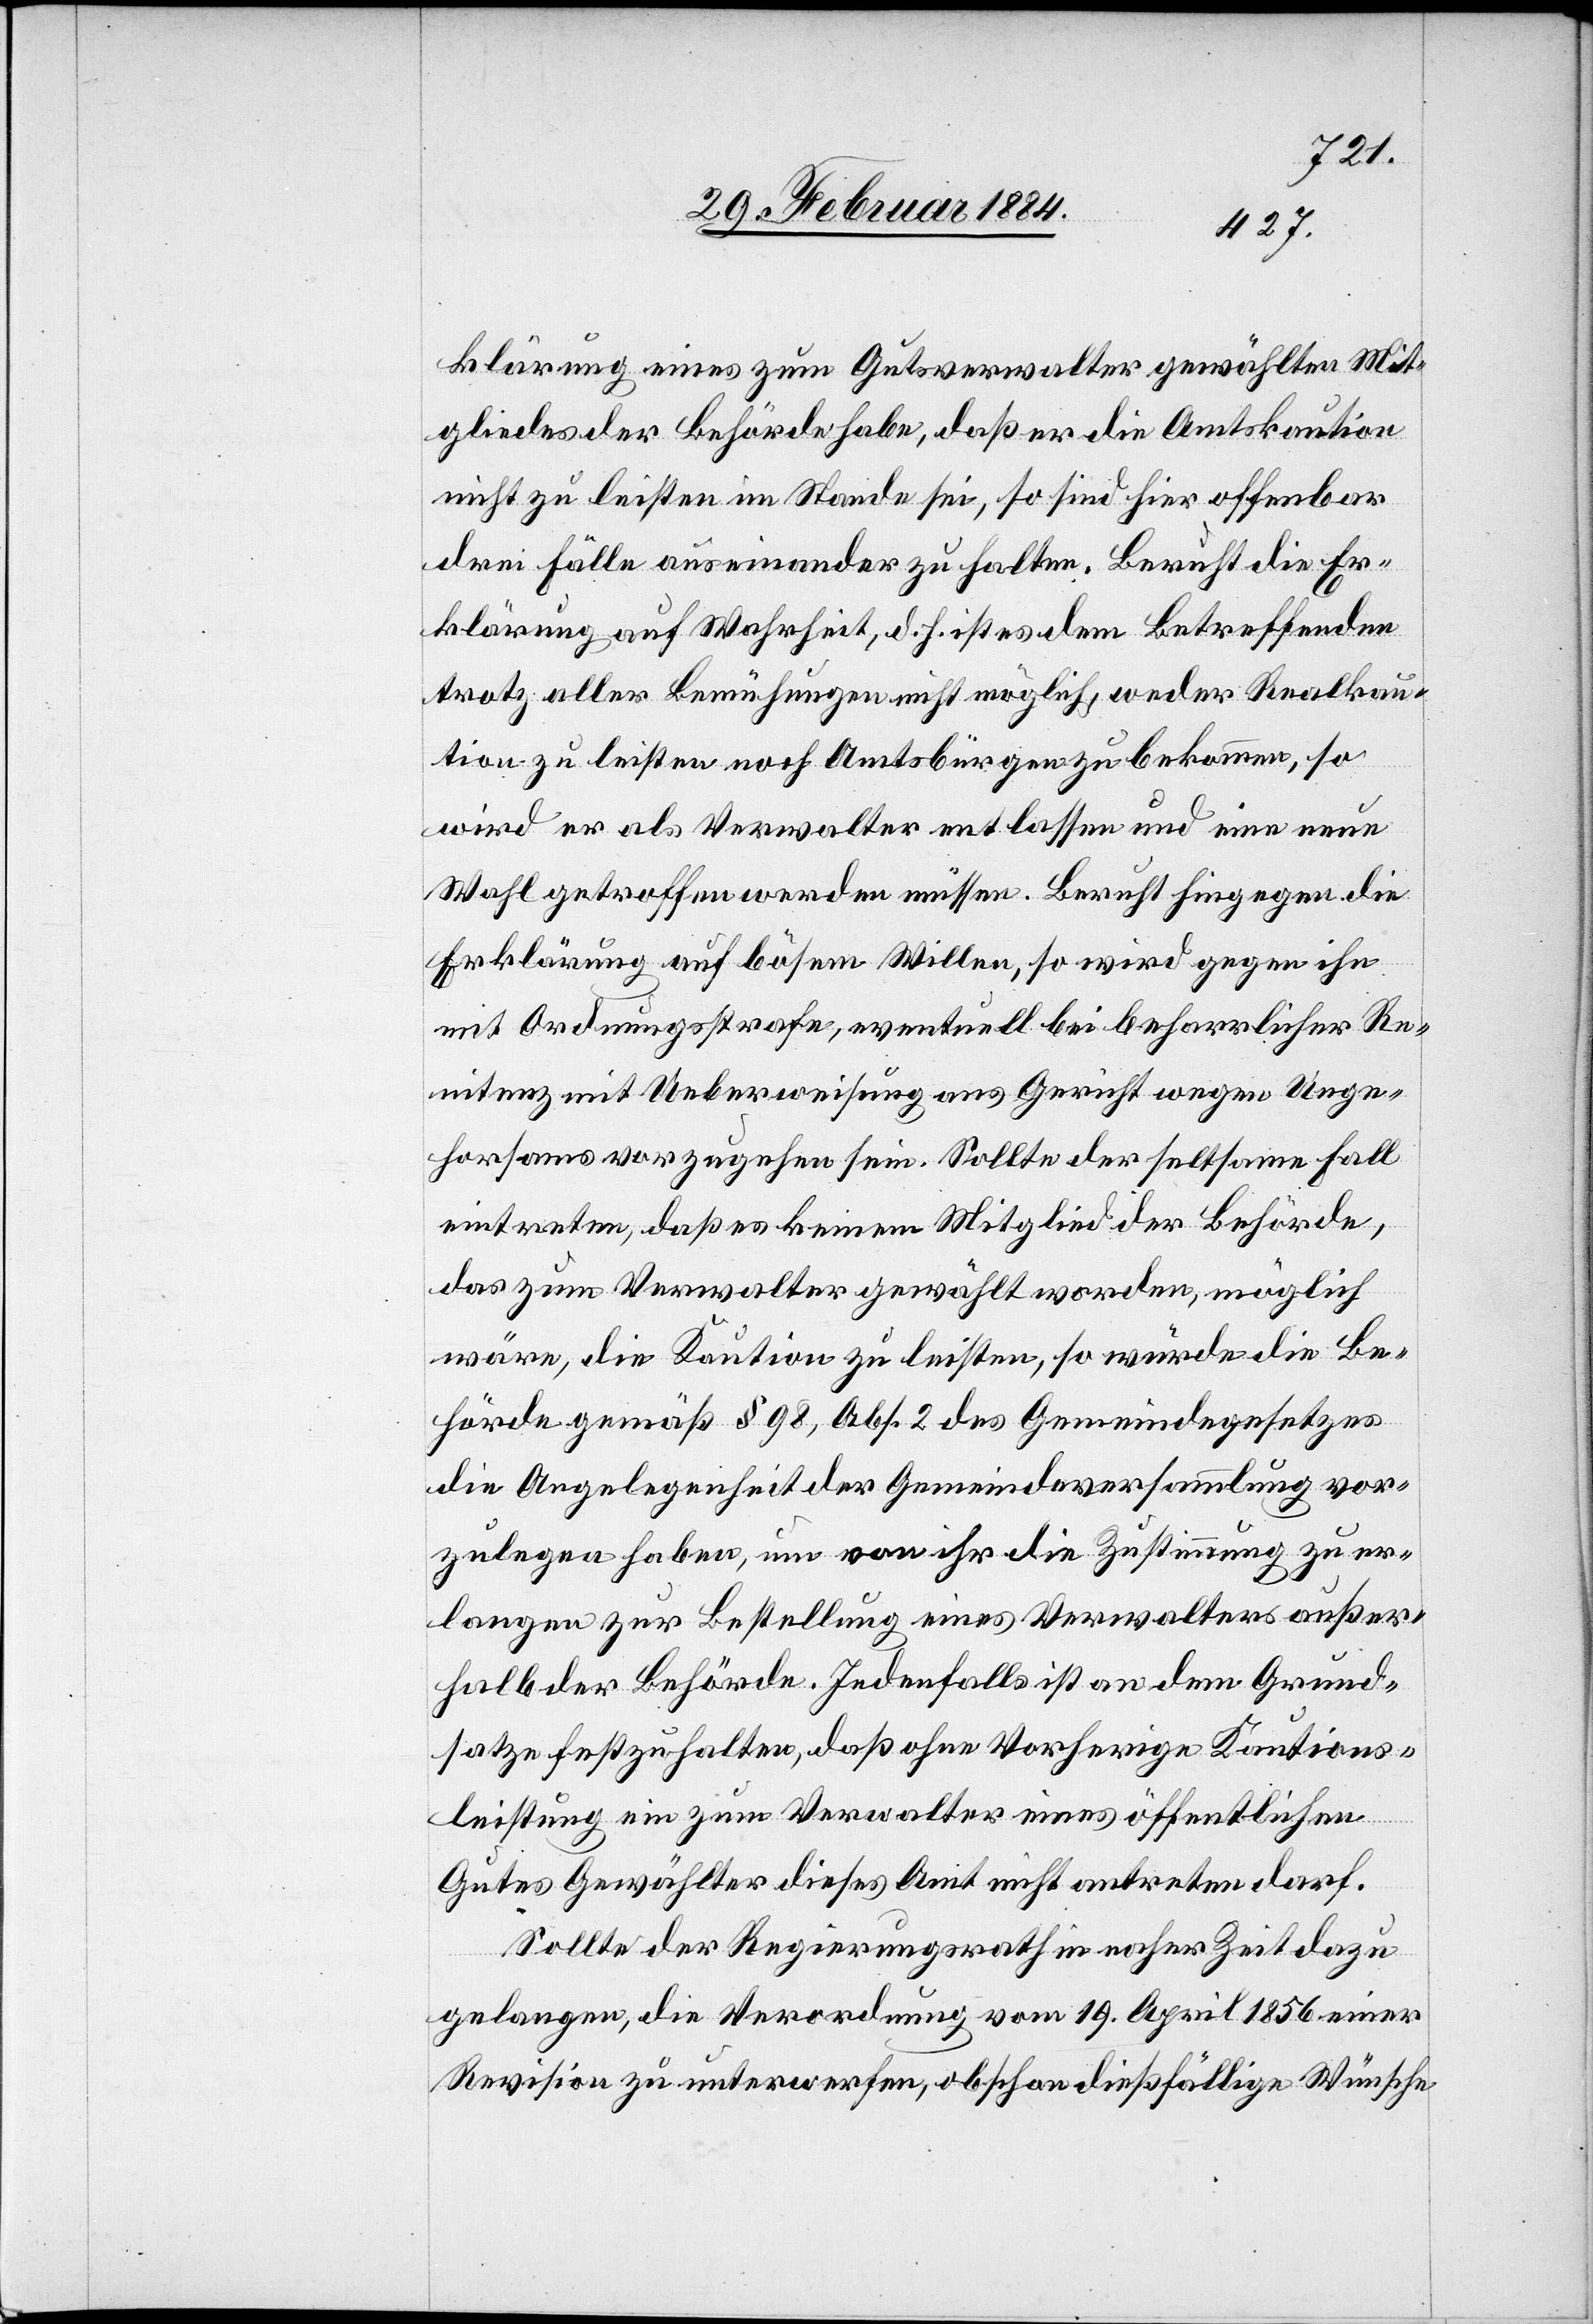
klärung eines zum Gesetzesverwalter gewählten Mit¬
gliedes der Behörde habe, daß er die Amtskaution
nicht zu leisten im Stande sei, so sind hier offenbar
drei Fälle auseinander zu halten. Beruht die Er¬
klärung auf Wahrheit, d. h. ist es dem Betreffenden
trotz aller Bemühungen nicht möglich, weder Realkau¬
tion zu leisten noch Amtsbürgen zu bekommen, so
wird er als Verwalter entlassen und eine neue
Wahl getroffen werden müssen. Beruht hingegen die
Erklärung auf bösem Willen, so wird gegen ihn
mit Ordnungsstrafe, eventuell bei beharrlicher Re¬
nitenz mit Ueberweisung ans Gericht wegen Unge¬
horsams vorzugehen sein. Sollte der seltsame Fall
eintreten, daß es keinem Mitglied der Behörde,
das zum Verwalter gewählt worden, möglich
wäre, die Kaution zu leisten, so würde die Be¬
hörde gemäß § 98, Abs. 2 des Gemeindegesetzes
die Angelegenheit der Gemeindeversammlung vor¬
zulegen haben, um von ihr die Zustimmung zu er¬
langen zur Bestellung eines Verwalters außer¬
halb der Behörde. Jedenfalls ist an dem Grund¬
satze festzuhalten, daß ohne vorherige Kautions¬
leistung ein zum Verwalter eines öffentlichen
Gutes Gewählter dieses Amt nicht antreten darf.
Sollte der Regierungsrath in naher Zeit dazu
gelangen, die Verordnung vom 19. April 1856 einer
Revision zu unterwerfen, obschon dießfällige Wünsche